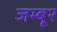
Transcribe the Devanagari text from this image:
जम्बूर